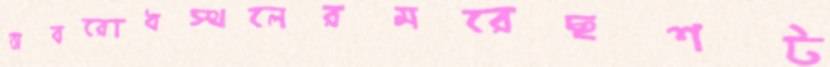
অবরোধস্থলেরমরেছশট